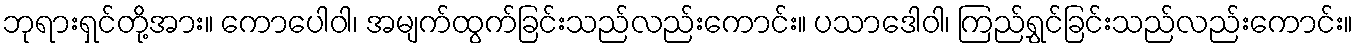
ဘုရားရှင်တို့အား။ ကောပေါဝါ၊ အမျက်ထွက်ခြင်းသည်လည်းကောင်း။ ပသာဒေါဝါ၊ ကြည်ရွှင်ခြင်းသည်လည်းကောင်း။